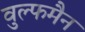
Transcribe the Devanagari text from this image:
वुल्फमैन